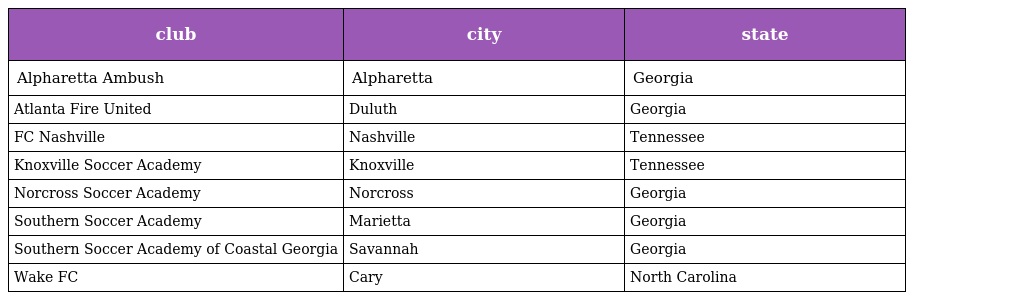
| club | city | state |
 | --- | --- | --- |
 | Alpharetta Ambush | Alpharetta | Georgia |
 | Atlanta Fire United | Duluth | Georgia |
 | FC Nashville | Nashville | Tennessee |
 | Knoxville Soccer Academy | Knoxville | Tennessee |
 | Norcross Soccer Academy | Norcross | Georgia |
 | Southern Soccer Academy | Marietta | Georgia |
 | Southern Soccer Academy of Coastal Georgia | Savannah | Georgia |
 | Wake FC | Cary | North Carolina |